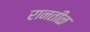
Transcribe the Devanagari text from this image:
रानतीळ